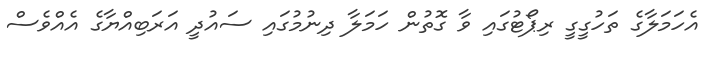
އެހަމަލާގެ ތަހުގީގީ ރިޕޯޓުގައި ވާ ގޮތުން ހަމަލާ ދިނުމުގައި ސައުދީ އަރަބިއްޔާގެ އެއްވެސް